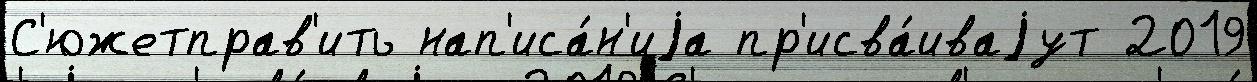
С'южетправ'ить нап'иса́н'иjа пр'исва́иваjут 2019